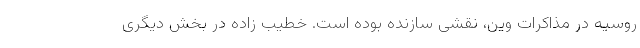
روسیه در مذاکرات وین، نقشی سازنده بوده است. خطیب زاده در بخش دیگری